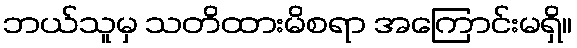
ဘယ်သူမှ သတိထားမိစရာ အကြောင်းမရှိ။